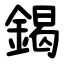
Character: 鍻